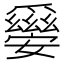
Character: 𤕀